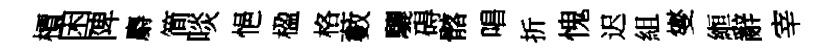
檟困陴麝简啖悒楹格藪驪碍髂唱折愧迟組燮縆辭宰